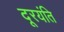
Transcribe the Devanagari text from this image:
दूरयंति